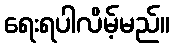
ရေးရပါလိမ့်မည်။